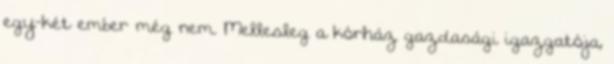
egy-két ember még nem. Mellesleg a kórház gazdasági igazgatója,